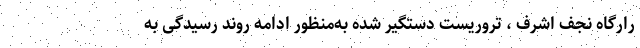
رارگاه نجف اشرف ، تروریست دستگیر شده به‌منظور ادامه روند رسیدگی به